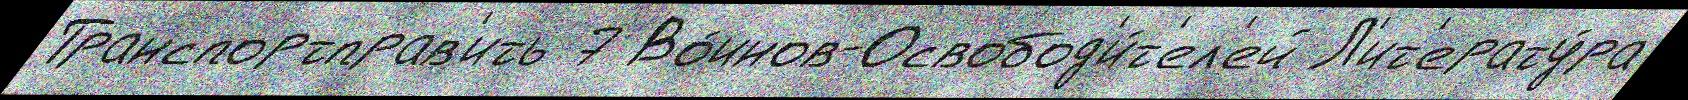
Транспортправ'ить 7 Во́инов-Освобод'и́т'ел'ей Л'ит'ерату́ра